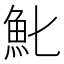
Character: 𩵏